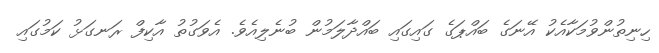
ހިނިތުންވުމަކާއެކު އޭނަގެ ބައްޕަގެ ގައިގައި ބައްދާލަމުން ބުނެލިއެވެ. އެވަގުތު އާކިފް ރަނގަޅު ކަމުގައި